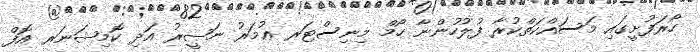
ހޯރަފުށީގައި މަސައްކަތްކުރާ ފުލުހުންނާ ހޯމް މިނިސްޓަރ ޢުމަރު ނަޞީރު އަދި ކޮމިޝަނަރ އޮފް